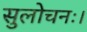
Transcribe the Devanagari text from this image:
सुलोचनः।